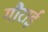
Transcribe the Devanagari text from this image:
गौराई